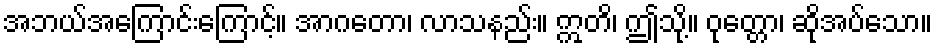
အဘယ်အကြောင်းကြောင့်။ အာဂတော၊ လာသနည်း။ ဣတိ၊ ဤသို့။ ဝုတ္တော၊ ဆိုအပ်သော။